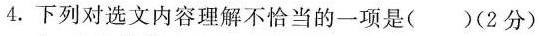
4.下列对选文内容理解不恰当的一项是()(2分)